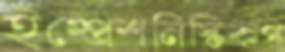
ইম্প্রেশনিস্টিকপ